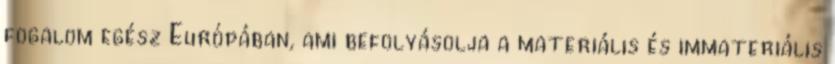
fogalom egész Európában, ami befolyásolja a materiális és immateriális